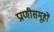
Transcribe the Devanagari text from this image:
प्राणीसमूहों